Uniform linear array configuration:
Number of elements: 32
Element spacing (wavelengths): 0.5
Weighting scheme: uniform
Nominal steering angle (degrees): -30
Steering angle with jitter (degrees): -31.343
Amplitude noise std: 0.05
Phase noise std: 0.05

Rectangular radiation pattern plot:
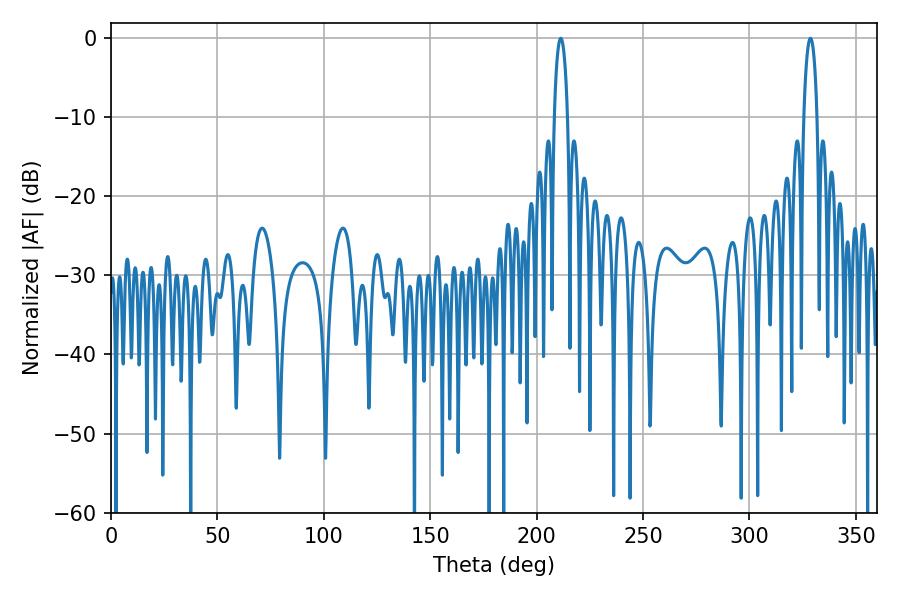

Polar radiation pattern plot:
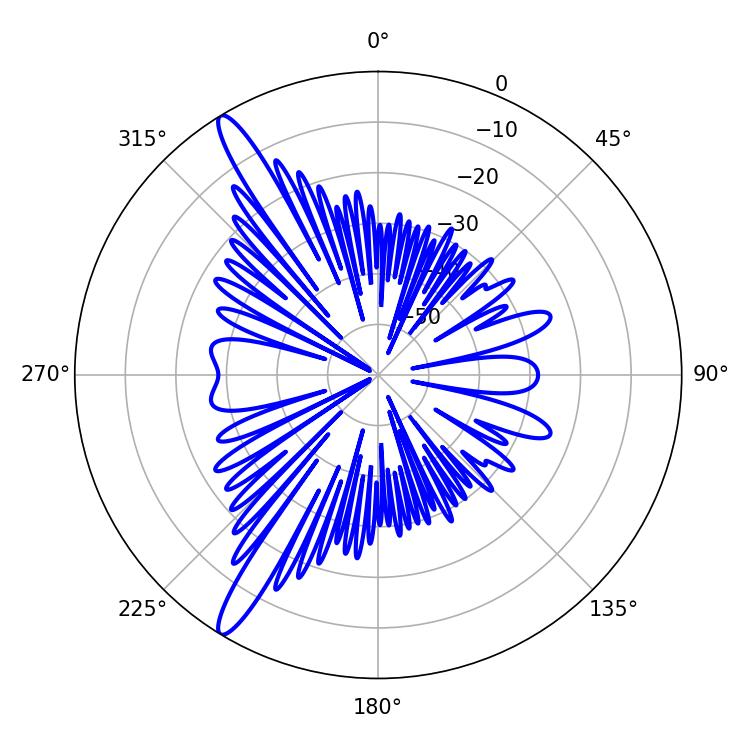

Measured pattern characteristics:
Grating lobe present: FALSE
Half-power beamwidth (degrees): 3.6
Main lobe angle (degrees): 211.32